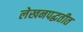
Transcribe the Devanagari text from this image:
लेखनपद्धतीत